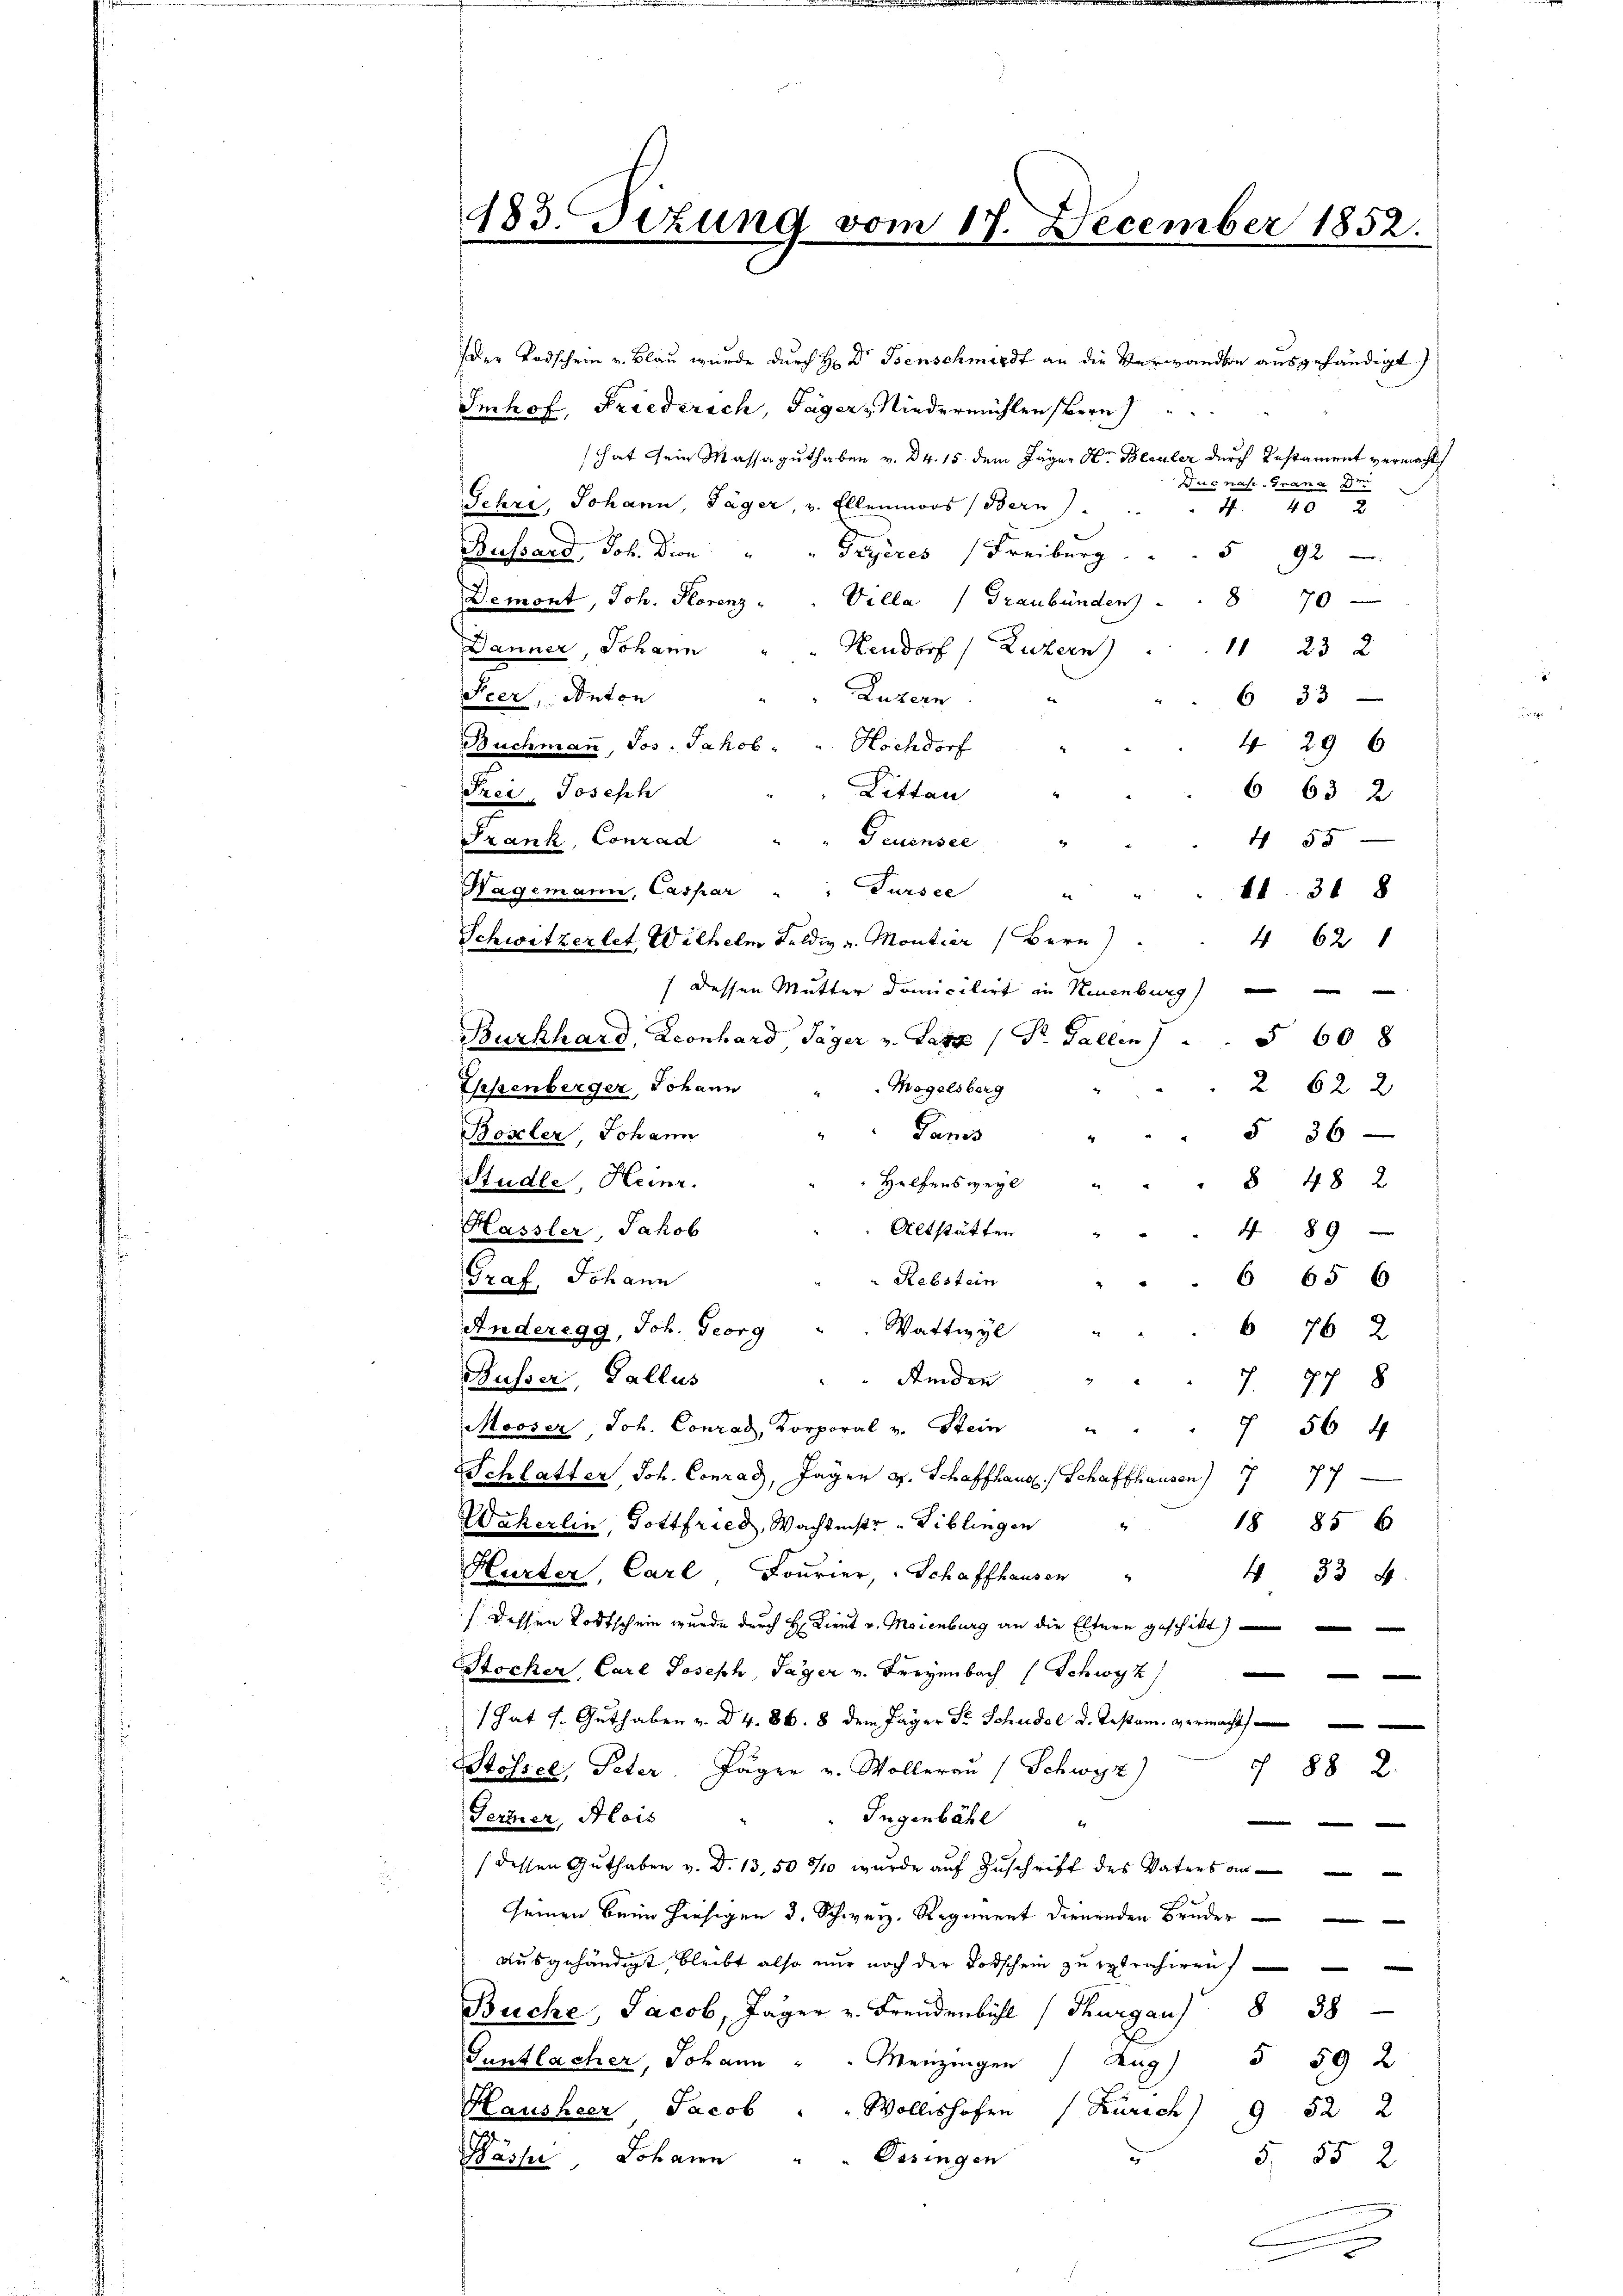
183. Tizung vom 17. December 1852.

Der Todschein v. Blau wurde durch H: Dr. Psenschmerdt an die Verwandte ausgehändigt)
Imhof, Friederich, Jäger Niedermühlen Bern
hat ein Massaguthaben v. 24. 15 dem Jäger Hr. Bleuler durch Testament vermacht
Wuc nahe Grana d
Gehri, Johann, Jäger, v. Ellenmoos (Bern).
4. 40 x
Bussard, Joh. Dion: " " Gryères Freiburg . . . 592
Demont, Joh. Florenz " " Villa (Graubünden           8 70
Danner, Johann
Heudorf) Luzern)
1 23 2
Seer, Anton
Luzern
6 33
429 6
Buchmann, Jos. Jakob . " Hochdorf
Frei, Joseph
663 2
Litten
Frank, Conrad
Geuensee
455
Tursee
Hagemann, Caspar
41. 318
Schwitzerlet, Wilhelm Feldi v. Montier (Bern)
462
(dessen Mutter domicilirt in Neuenburg)
Burkhard, Leonhard Täger v. Satz (Dr. Gallen                                  608
Ehenberger, Johann
Mogelsberg
2 62 x
5 36
Panis
Boxler, Johann
Helfens weyl
Stude, Heinr.
§ 48 x
Hassler, Jakob
Altstätten
4 89
Graf, Johann
6 65 6
Rebstein
Wattwyl
Anderegg, Joh. Georg
76 2
Nusser, Gallus
Kinden
7. 778
Mooser Joh. Conrad, Korporal v. Stein
2
7 56 4
77
SSchlatter Joh. Conrad, Jäger v. Schaffhaus Schaffhausen)
Waherlin, Gottfried, Wächtniste Biblingen
18 856
4
Hurter, Carl Fourier, Schaffhausen
433 4
/. dessen Todtschein wurde durch H: Liret v. Meienburg an die Eltern geschikt
Stocker, Carl Joseph, Jäger v. Freyenbach (Schwyz)
1 hat s. Guthaben v. d. 4. 86. 8 dem Jäger Fr. Schudel d. Testam vermacht
Stössel, Peter Jäger v. Wollerau (Schwyz)
§ 88 2.
Ferner, Alois
Jugenbühl
e
4
(dessen Guthaben v. d. 13,509/10 wurde auf Zuschrift des Vaters an
seinen Beim hiesigen 3. Schweiz. Regiment dienenden Bruder
e
ausgehändigt, bleibt also nur noch der Todschein zu retrahiren,
Buche, Jacob, Jäger v. Freudenbühl (Thurgau                             38
Guntlacher, Johann " " Menzingen
§ 59 2
Aug
d
Hausheer Jacob " " Wollishofen (Zürich) 952 2
Wässer Johann " " Desingen
5, 552
.